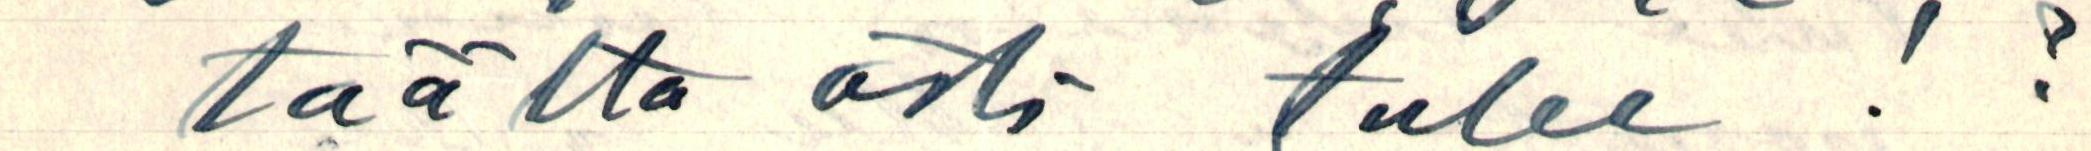
täältä asti tulee !?